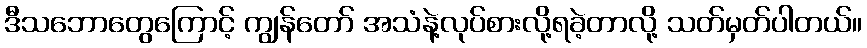
ဒီသဘောတွေကြောင့် ကျွန်တော် အသံနဲ့လုပ်စားလို့ရခဲ့တာလို့ သတ်မှတ်ပါတယ်။